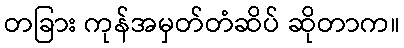
တခြား ကုန်အမှတ်တံဆိပ် ဆိုတာက။